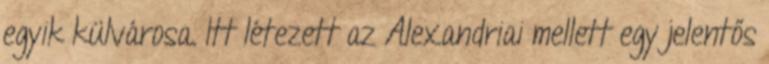
egyik külvárosa. Itt létezett az Alexandriai mellett egy jelentős